Vaccination in Bombay 1924-1928 - 1924-1928
Year: 1924
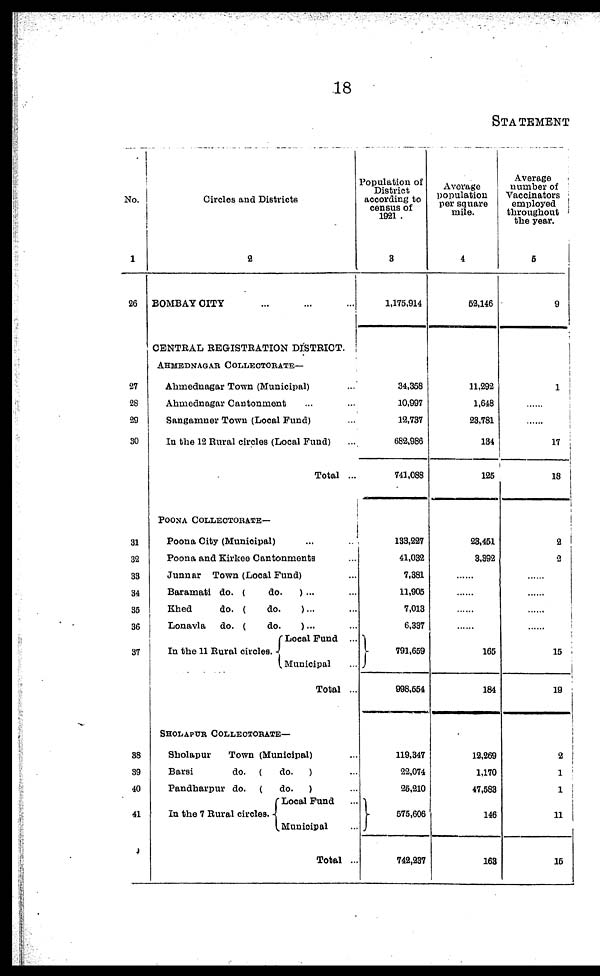
18
STATEMENT
No.
1
26
27
28
29
30
31
32
33
34
36
36
37
38
39
40
41
Circles and Districts
2
BOMBAY CITY ... ... ...
CENTRAL REGISTRATION DISTRICT.
AHMEDNAGAR COLLECTORATE—
Ahmednagar Town (Municipal) ...
Ahmednagar Cantonment ... ...
Sangamner Town (Local Fund) ...
In the 12 Rural circles (Local Fund) ...
Total ...
POONA COLLECTORATE—
Poona City (Municipal) ... ...
Poona and Kirkee Cantonments ...
Junnar Town (Local Fund) ...
Baramati do. (
do.
) ... ...
Khed
do. (
do.
)... ...
Lonavla
do. (
do.
) ... ...
In the 11 Rural circles.
Local Fund ...
Municipal ...
Total ...
SHOLAPUR COLLECTORATE—
Sholapur
Town (Municipal) ...
Barsi
do. (
do.
) ...
Pandharpur do. (
do.
) ...
In the 7 Rural circles.
Local Fund ...
Municipal ...
Total ...
Population of
District
according to
census of
1921 .
3
1,176,914
34,358
10,997
12,737
682,986
741,088
133,227
41,032
7,381
11,905
7,013
6,337
791,659
998,554
119,347
22,074
26,210
575,606
742,237
Average
population
per square
mile.
4
52,146
11,292
1,648
23,781
134
125
23,451
3,392
......
......
......
......
165
184
12,269
1,170
47,583
146
163
Average
number of
Vaccinators
employed
throughout
the year.
5
9
1
......
......
17
18
2
2
......
......
......
......
15
19
2
1
1
11
15